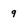
Character: 9